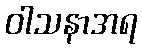
ဝါသနာအရ